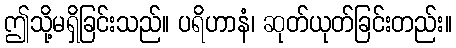
ဤသို့မရှိခြင်းသည်။ ပရိဟာနံ၊ ဆုတ်ယုတ်ခြင်းတည်း။